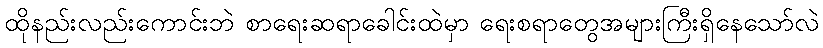
ထိုနည်းလည်းကောင်းဘဲ စာရေးဆရာခေါင်းထဲမှာ ရေးစရာတွေအများကြီးရှိနေသော်လဲ